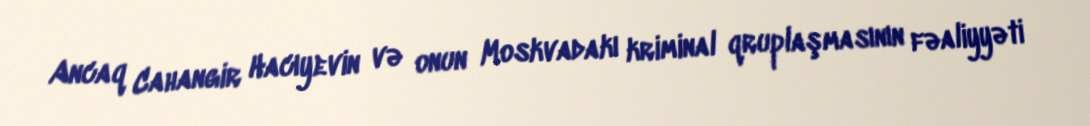
Ancaq Cahangir Hacıyevin və onun Moskvadakı kriminal qruplaşmasının fəaliyyəti